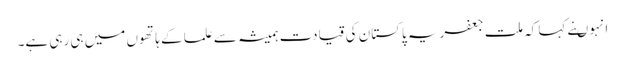
انہوںنے کہا کہ ملت جعفریہ پاکستان کی قیادت ہمیشہ سے علما کے ہاتھوں میں ہی رہی ہے۔